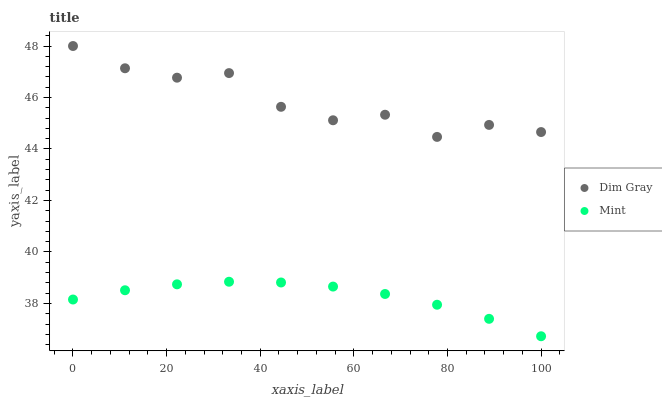
| xaxis_label | Dim Gray | Mint |
 | --- | --- | --- |
 | 0 | 48 | 38.2 |
 | 11.1 | 47.1 | 38.5 |
 | 22.2 | 46.8 | 38.7 |
 | 33.3 | 46.9 | 38.8 |
 | 44.4 | 45.6 | 38.8 |
 | 55.6 | 45.1 | 38.7 |
 | 66.7 | 45.3 | 38.4 |
 | 77.8 | 44.5 | 38 |
 | 88.9 | 44.9 | 37.4 |
 | 100 | 44.7 | 36.7 |